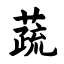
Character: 蔬